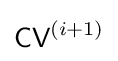
{\textsf {CV}}^{(i+1)}